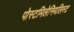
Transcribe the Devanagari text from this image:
पोस्टमिलेनियलिस्ट